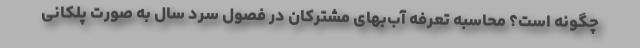
چگونه است؟ محاسبه تعرفه آب‌بهای مشترکان در فصول سرد سال به صورت پلکانی